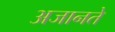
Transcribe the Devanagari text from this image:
अजानते